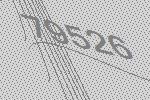
79526